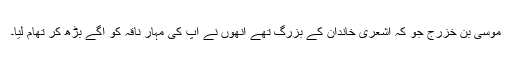
موسی بن خزرج جو کہ اشعری خاندان کے بزرگ تھے انھوں نے آپ کی مہار ناقہ کو آگے بڑھ کر تھام لیا۔